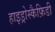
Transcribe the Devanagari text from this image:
हाइड्रोस्कैफ़िडी